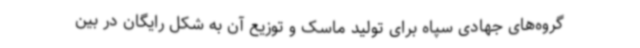
گروه‌های جهادی سپاه برای تولید ماسک و توزیع آن به شکل رایگان در بین